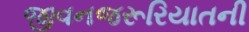
જીવનજરૂરિયાતની